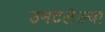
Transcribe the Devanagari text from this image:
उमटलेल्या